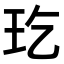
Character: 𤣮